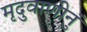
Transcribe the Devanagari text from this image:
मृदुवाणीनुं